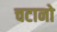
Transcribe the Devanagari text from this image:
चटानो